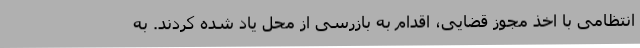
انتظامی با اخذ مجوز قضایی، اقدام به بازرسی از محل یاد شده کردند. به